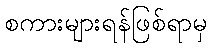
စကားများရန်ဖြစ်ရာမှ